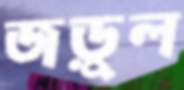
জড়ুল